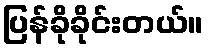
ပြန်ခိုခိုင်းတယ်။